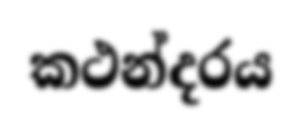
කථන්දරය